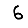
Digit: 6